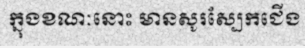
ក្នុងខណៈនោះ មានសូរស្បែកជើង